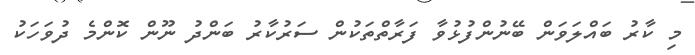
މި ކާރު ބައްލަވަން ބޭނުންފުޅުވާ ފަރާތްތަކުން ސަރުކާރު ބަންދު ނޫން ކޮންމެ ދުވަހަކު